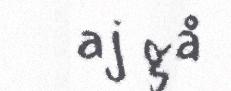
aj gå